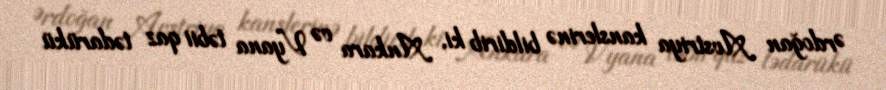
Ərdoğan Avstriya kanslerinə bildirib ki, Ankara və Vyana təbii qaz tədarükü